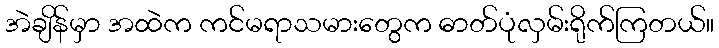
အဲချိန်မှာ အထဲက ကင်မရာသမားတွေက ဓာတ်ပုံလှမ်းရိုက်ကြတယ်။